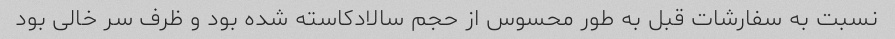
نسبت به سفارشات قبل به طور محسوس از حجم سالادکاسته شده بود و ظرف سر خالی بود